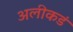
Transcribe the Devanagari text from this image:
अलीकडं